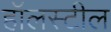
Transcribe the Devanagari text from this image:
हॉलस्टील